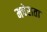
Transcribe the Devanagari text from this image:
मचेराता